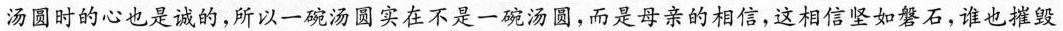
汤圆时的心也是诚的，所以一碗汤实在不是一碗汤圆，而是母亲的相信，这相信坚如磐石，谁也摧毁